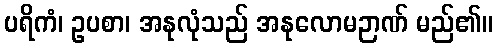
ပရိကံ၊ ဥပစာ၊ အနုလုံသည် အနုလောမဉာဏ် မည်၏။